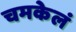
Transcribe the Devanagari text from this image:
चमकेलं